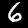
Digit: 6